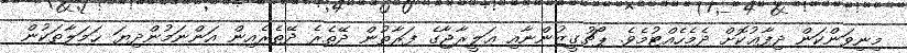
މިނިވަންކަން ދިފާޢުކޮށް ދެމެހެއްޓުމެވެ. ޕޯޗުގީޒުންނާއި ޢަލީރާޖާގެ ފަރާތުން ދޭތެރެ ދޭތެރެއިން އަންނަމުންދިޔަ ޙަމަލާތަކުން